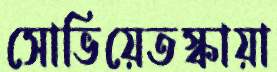
সোভিয়েতস্কায়া